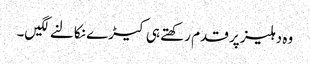
وہ دہلیز پر قدم رکھتے ہی کیڑے نکالنے لگیں۔